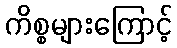
ကိစ္စများကြောင့်